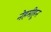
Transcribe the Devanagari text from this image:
नेहमीहून